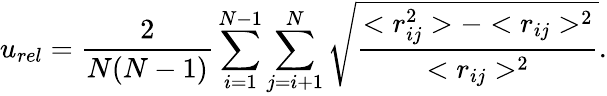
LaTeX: u_{rel}=\frac{2}{N(N-1)}\sum_{i=1}^{N-1}\sum_{j=i+1}^{N}\sqrt{\frac{<r_{ij}^{2}>-<r_{ij}>^{2}}{<r_{ij}>^{2}}}.